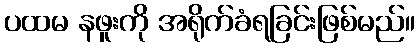
ပထမ နဖူးကို အရိုက်ခံရခြင်းဖြစ်မည်။